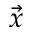
\vec { x }